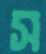
স